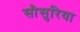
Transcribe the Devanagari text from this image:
सौसुरिया